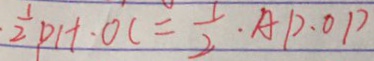
\cdot \frac { 1 } { 2 } P H \cdot O C = \frac { 1 } { 2 } \cdot A P \cdot O P